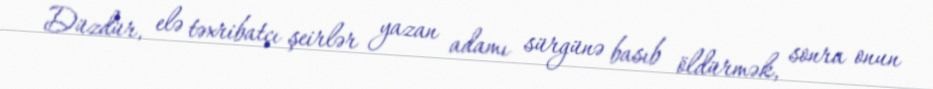
Düzdür, elə təxribatçı şeirlər yazan adamı sürgünə basıb öldürmək, sonra onun